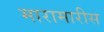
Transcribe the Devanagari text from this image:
मारामारीस